Lunatic asylums Bombay report 1891-1903 - 1891-1903
Year: 1891
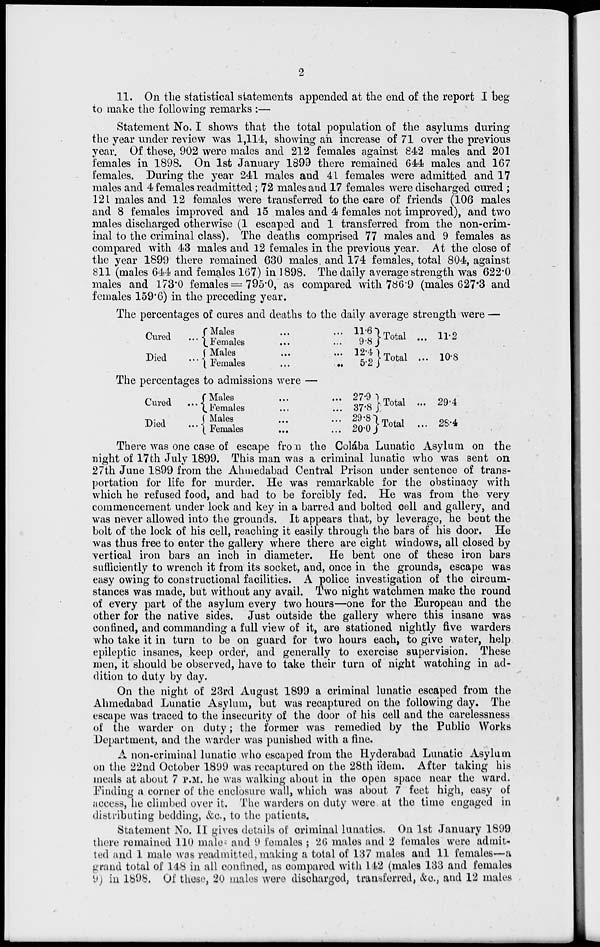
2
11. On the statistical statements appended at the end of the report I beg
to make the following remarks :—
Statement No. I shows that the total population of the asylums during
the year under review was 1,114, showing an increase of 71 over the previous
year. Of these, 902 were males and 212 females against 842 males and 201
females in 1898. On 1st January 1899 there remained 644 males and 167
females. During the year 241 males and 41 females were admitted and 17
males and 4 females readmitted ; 72 males and 17 females were discharged cured ;
121 males and 12 females were transferred to the care of friends (106 males
and 8 females improved and 15 males and 4 females not improved), and two
males discharged otherwise (1 escaped and 1 transferred from the non-crim-
inal to the criminal class). The deaths comprised 77 males and 9 females as
compared with 43 males and 12 females in the previous year. At the close of
the year 1899 there remained 630 males and 174 females, total 804, against
811 (males 644 and females 167) in 1898. The daily average strength was 622.0
males and 173.0 females = 795.0, as compared with 786.9 (males 627.3 and
females 159.6) in the preceding year.
The percentages of cures and deaths to the daily average strength were —
Cured ...
Died ...
Males ... ...
Females ... ...
Males ... ...
Females
...
...
11.6
9.8
12.4
5.2
Total ...
Total ...
11.2
10.8
The percentages to admissions were —
Cured ...
Died ...
Males ... ...
Females ... ...
Males ... ...
Females ... ...
27.9
37.8
29.8
20.0
Total ...
Total ...
29.4
28.4
There was one case of escape from the Colába Lunatic Asylum on the
night of 17th July 1899. This man was a criminal lunatic who was sent on
27th June 1899 from the Ahmedabad Central Prison under sentence of trans-
portation for life for murder. He was remarkable for the obstinacy with
which he refused food, and had to be forcibly fed. He was from the very
commencement under lock and key in a barred and bolted cell and gallery, and
was never allowed into the grounds. It appears that, by leverage, he bent the
bolt of the lock of his cell, reaching it easily through the bars of his door. He
was thus free to enter the gallery where there are eight windows, all closed by
vertical iron bars an inch in diameter. He bent one of these iron bars
sufficiently to wrench it from its socket, and, once in the grounds, escape was
easy owing to constructional facilities. A police investigation of the circum-
stances was made, but without any avail. Two night watchmen make the round
of every part of the asylum every two hours—one for the European and the
other for the native sides. Just outside the gallery where this insane was
confined, and commanding a full view of it, are stationed nightly five warders
who take it in turn to be on guard for two hours each, to give water, help
epileptic insanes, keep order, and generally to exercise supervision. These
men, it should be observed, have to take their turn of night watching in ad-
dition to duty by day.
On the night of 23rd August 1899 a criminal lunatic escaped from the
Ahmedabad Lunatic Asylum, but was recaptured on the following day. The
escape was traced to the insecurity of the door of his cell and the carelessness
of the warder on duty ; the former was remedied by the Public Works
Department, and the warder was punished with a fine.
A non-criminal lunatic who escaped from the Hyderabad Lunatic Asylum
on the 22nd October 1899 was recaptured on the 28th idem. After taking his
meals at about 7 P.M. he was walking about in the open space near the ward.
Finding a corner of the enclosure wall, which was about 7 feet high, easy of
access, he climbed over it. The warders on duty were at the time engaged in
distributing bedding, &c., to the patients.
Statement No. II gives details of criminal lunatics. On 1st January 1899
there remained 110 males and 9 females ; 20 males and 2 females were admit-
ted and 1 males was readmitted, making a total of 137 males and 11 females—a
grand total of 148 in all confined, as compared with 142 (males 133 and females
9) in 1898. Of these, 20 males were discharged, transferred, &c., and 12 males